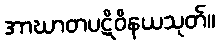
အာဃာတပဋိဝိနယသုတ်။